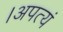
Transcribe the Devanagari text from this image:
।अपत्यं